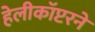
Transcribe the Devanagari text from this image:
हेलीकॉप्टरने